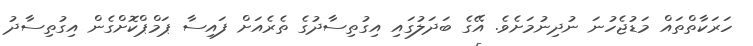
ހަރަކާތްތައް މަޑުޖެހުނަ ނުދިނުމަށެވެ. އޭގެ ބަދަލުގައި އިގުތިސާދުގެ ތެރެއަށް ފައިސާ ޕަމްޕްކޮށްގެން އިގުތިސާދު